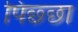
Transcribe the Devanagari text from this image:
पिछ्छा